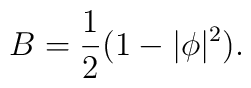
B=\frac{1}{2}(1-|\phi |^{2}).